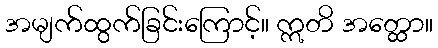
အမျက်ထွက်ခြင်းကြောင့်။ ဣတိ အတ္ထော။